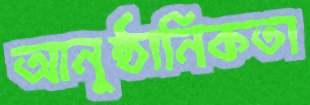
আনুষ্ঠানিকতা